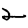
Digit: 2